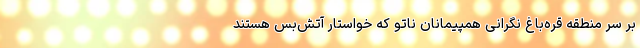
بر سر منطقه قره‌باغ نگرانی همپیمانان ناتو که خواستار آتش‌بس هستند